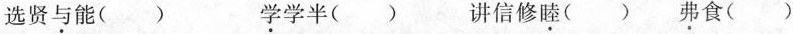
选贤\underset{·}{与}能( ) \underset{·}{学}学半( ) 讲信修\underset{·}{睦}( ) \underset{·}{弗}食( )